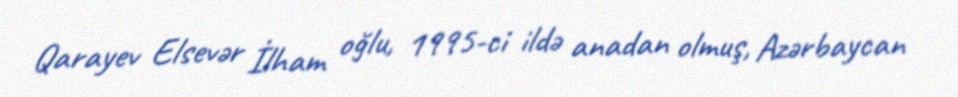
Qarayev Elsevər İlham oğlu, 1995-ci ildə anadan olmuş, Azərbaycan